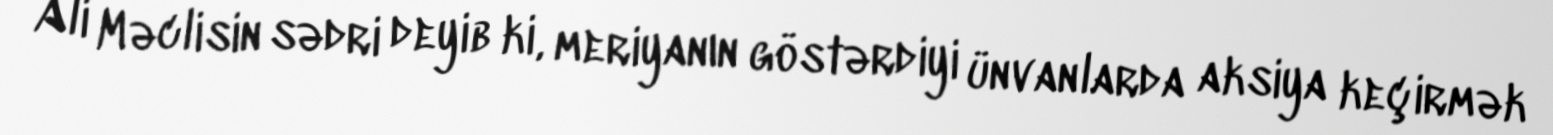
Ali Məclisin sədri deyib ki, meriyanın göstərdiyi ünvanlarda aksiya keçirmək